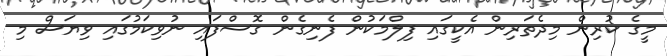
މީގެ ކުރިން މިދެތަރިން އެކީގައި ފިލްމަކުން ފެނިގެން ގޮސްފައި ނުވިކަމުގައި ވިޔަސް މި